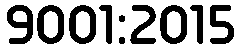
9001:2015